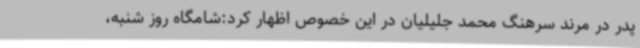
پدر در مرند سرهنگ محمد جلیلیان در این خصوص اظهار کرد:شامگاه روز شنبه،